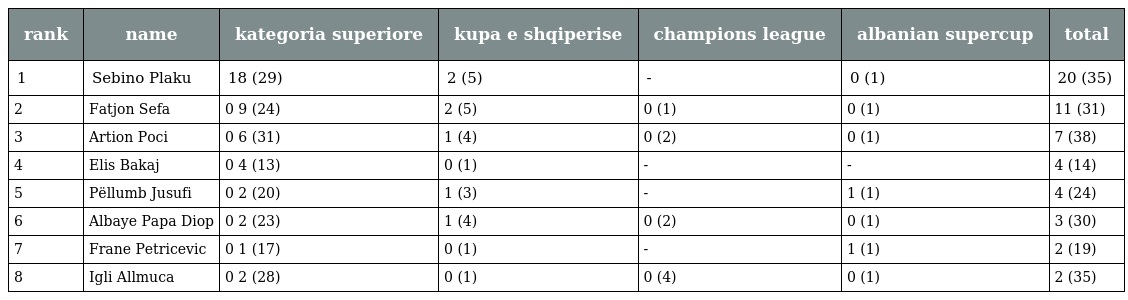
| rank | name | kategoria superiore | kupa e shqiperise | champions league | albanian supercup | total |
 | --- | --- | --- | --- | --- | --- | --- |
 | 1 | Sebino Plaku | 18 (29) | 2 (5) | - | 0 (1) | 20 (35) |
 | 2 | Fatjon Sefa | 0 9 (24) | 2 (5) | 0 (1) | 0 (1) | 11 (31) |
 | 3 | Artion Poci | 0 6 (31) | 1 (4) | 0 (2) | 0 (1) | 7 (38) |
 | 4 | Elis Bakaj | 0 4 (13) | 0 (1) | - | - | 4 (14) |
 | 5 | Pëllumb Jusufi | 0 2 (20) | 1 (3) | - | 1 (1) | 4 (24) |
 | 6 | Albaye Papa Diop | 0 2 (23) | 1 (4) | 0 (2) | 0 (1) | 3 (30) |
 | 7 | Frane Petricevic | 0 1 (17) | 0 (1) | - | 1 (1) | 2 (19) |
 | 8 | Igli Allmuca | 0 2 (28) | 0 (1) | 0 (4) | 0 (1) | 2 (35) |